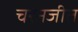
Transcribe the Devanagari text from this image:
चरनजीत